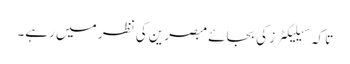
تاکہ سیلیکٹرز کی بجائے مبصرین کی نظر میں رہے۔